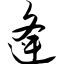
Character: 逄